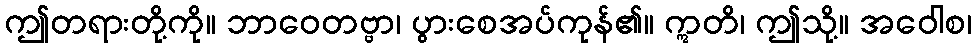
ဤတရားတို့ကို။ ဘာဝေတဗ္ဗာ၊ ပွားစေအပ်ကုန်၏။ ဣတိ၊ ဤသို့။ အဝေါစ၊